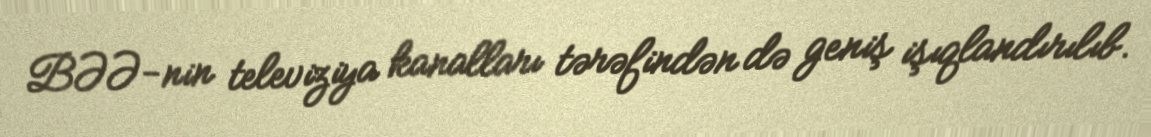
BƏƏ-nin televiziya kanalları tərəfindən də geniş işıqlandırılıb.